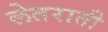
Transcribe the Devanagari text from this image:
लेतराती